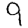
Digit: 9